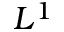
L ^ { 1 }